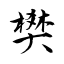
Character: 樊